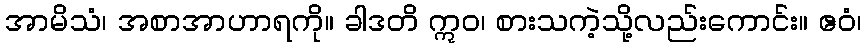
အာမိသံ၊ အစာအာဟာရကို။ ခါဒတိ ဣဝ၊ စားသကဲ့သို့လည်းကောင်း။ ဧဝံ၊